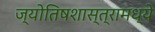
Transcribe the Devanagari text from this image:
ज्योतिषशास्त्रामध्ये